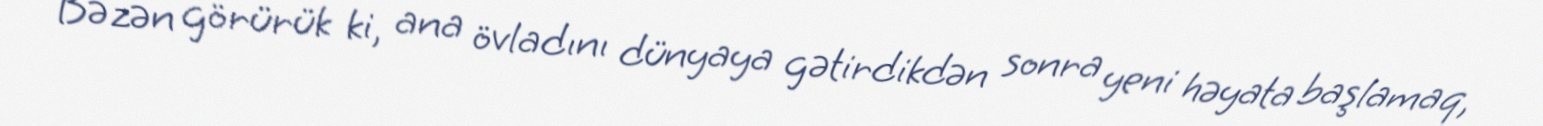
Bəzən görürük ki, ana övladını dünyaya gətirdikdən sonra yeni həyata başlamaq,